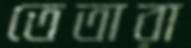
তেতারা